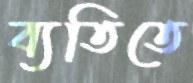
ব্যতিতে